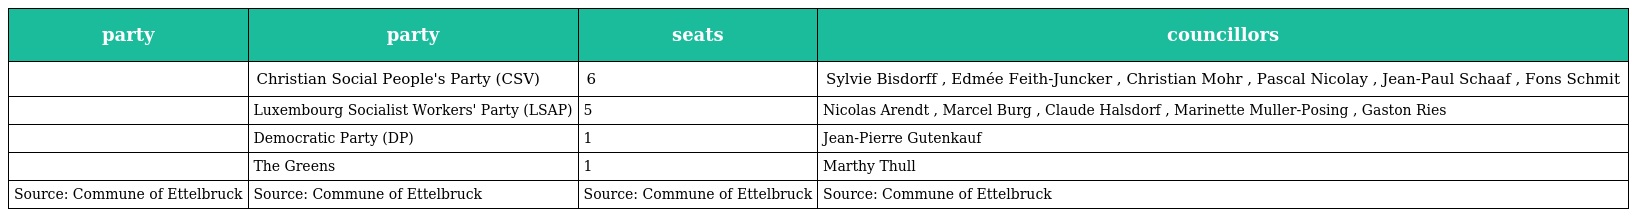
| party | party | seats | councillors |
 | --- | --- | --- | --- |
 |  | Christian Social People's Party (CSV) | 6 | Sylvie Bisdorff , Edmée Feith-Juncker , Christian Mohr , Pascal Nicolay , Jean-Paul Schaaf , Fons Schmit |
 |  | Luxembourg Socialist Workers' Party (LSAP) | 5 | Nicolas Arendt , Marcel Burg , Claude Halsdorf , Marinette Muller-Posing , Gaston Ries |
 |  | Democratic Party (DP) | 1 | Jean-Pierre Gutenkauf |
 |  | The Greens | 1 | Marthy Thull |
 | Source: Commune of Ettelbruck | Source: Commune of Ettelbruck | Source: Commune of Ettelbruck | Source: Commune of Ettelbruck |